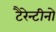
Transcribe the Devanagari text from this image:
टैरेन्टीनो